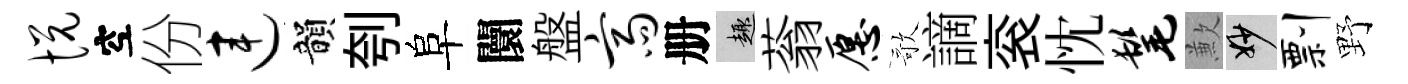
悦空份连韻刳阜闤盤斋册趣蓊愿歌謫衮忱髦歉妙剽野